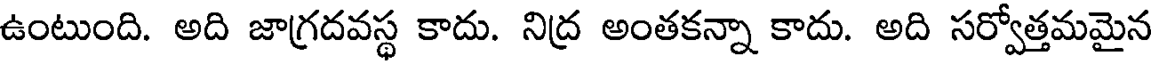
ఉంటుంది. అది జాగ్రదవస్థ కాదు. నిద్ర అంతకన్నా కాదు. అది సర్వోత్తమమైన